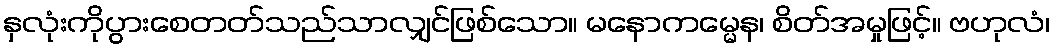
နှလုံးကိုပွားစေတတ်သည်သာလျှင်ဖြစ်သော။ မနောကမ္မေန၊ စိတ်အမှုဖြင့်။ ဗဟုလံ၊